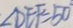
\angle D E F = 5 0 ^ { \circ }